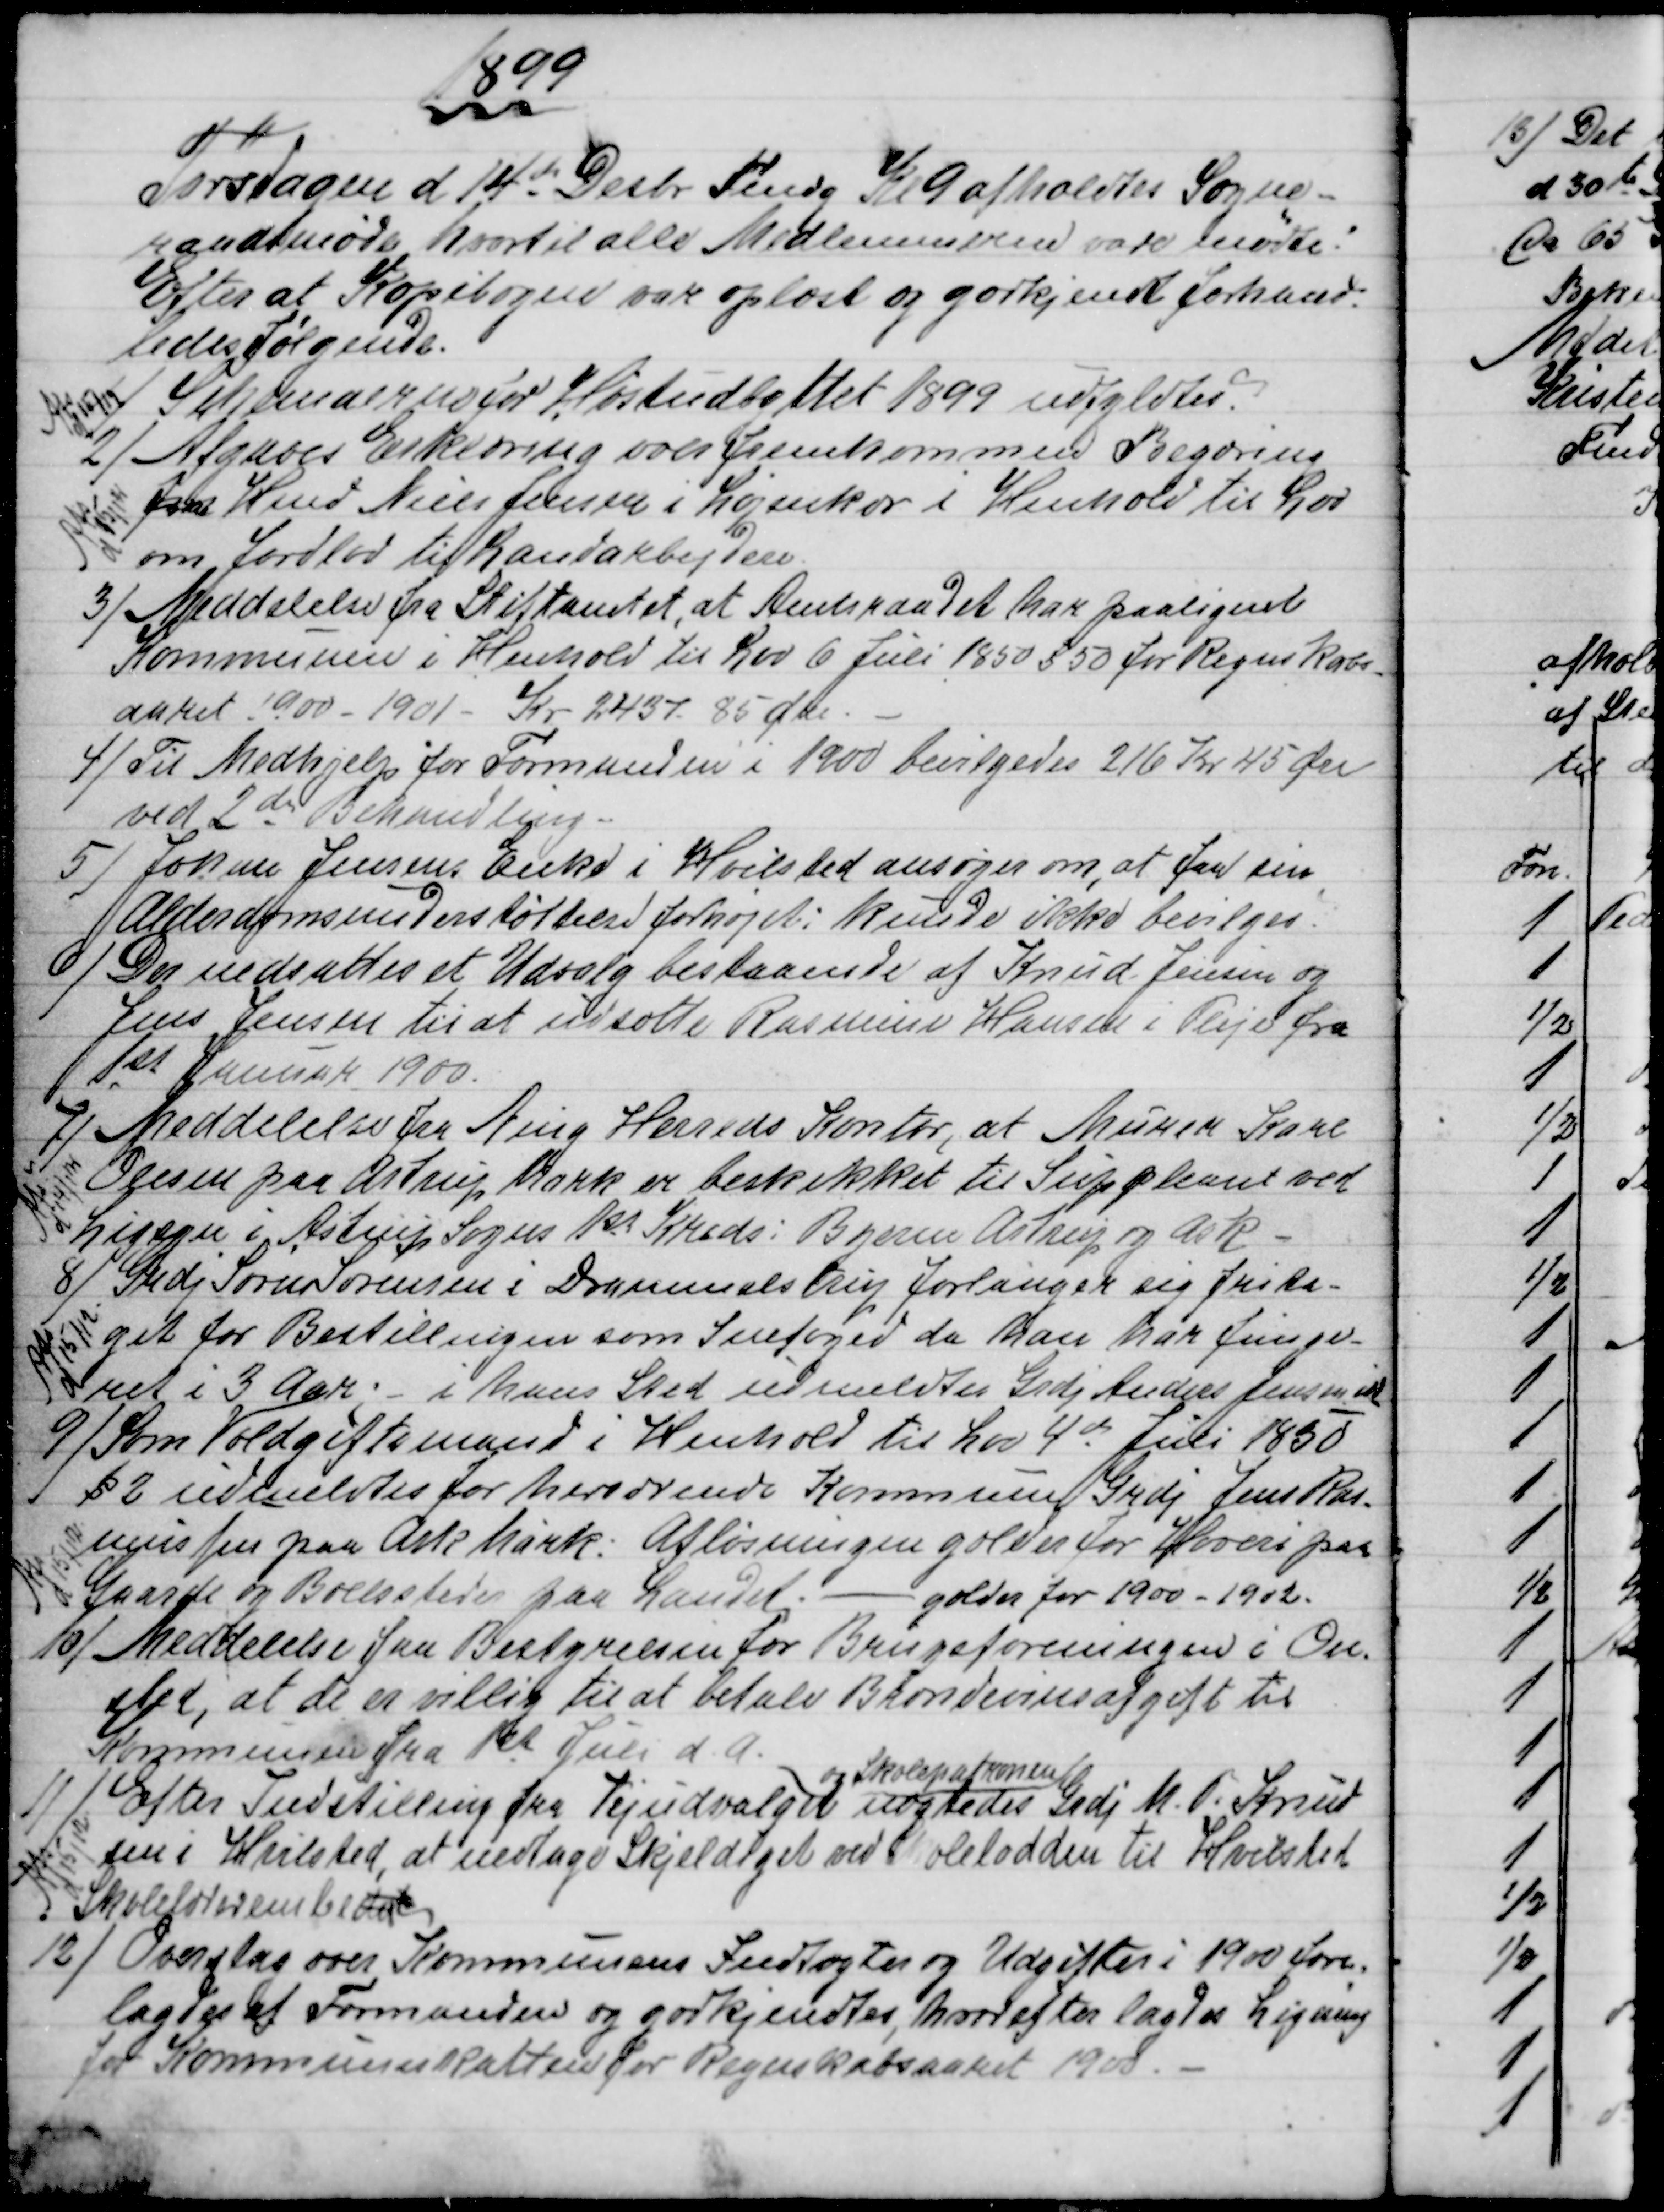
Transskription:
1899
Torsdagen d 14de Desbr Fmdg Kl 9 afholdtes Sogne-
raadsmøde hvortil alle Medlemmerne vare mødte!
Efter at Kopibogen var oplæst og godkjendt forhand-
ledes følgende.
1)
Schemaerne for Høstudbyttet 1899 udfyldtes.
Afs
d 15/12
2)
Afgaves Erklæring over fremkommen Begæring
fra Hmd Niels Jensen i Løjenkær i Henhold til Lov
om Jordlod til Landarbejdere.
Afs
d 15/12
3)
Meddelelse fra Stiftamtet, at Amtsraadet har paalignet
Kommunen i Henhold til Lov 6 Juli 1850 § 50 for Regnskabs-
aaret 1900 - 1901 - Kr. 2437. 85 Øre.
4)
Til Medhjelp for Formanden i 1900 bevilgedes 216 Kr 45 Øre
ved 2dn Behandling.
5)
Johan Jensens Enke i Hvilsted ansøger om, at faa sin
Alderdomsunderstøttelse forhøjet; kunde ikke bevilges.
6)
Der nedsattes et Udvalg bestaaende af Knud Jensen og
Jens Jensen til at udsætte Rasmine Hansen i Pleje fra
1st Januar 1900.
7)
Meddelelse fra Ning Herreds Kontor, at Murer Karl
Olesen paa Astrup Mark er beskikket til Suppleant ved
Ligsyn i Astrup Sogns 1st Kreds: Byerne Astrup og Ask.
Afs
d 14/12
8)
Grdj Søren Sørensen i Drammelstrup forlanger sig frita=
get for Bestillingen som Snefoged da han har funge-
ret i 3 Aar; i hans Sted udmeldtes Grdj Anders Jensen, ibd.
Afs
d 15/12
9) Som Voldgiftsmand i Henhold til Lov 4de Juli 1850
§ 2 udmeldtes for herværende Kommunen Grdj Jens Ras-
mussen paa Ask Mark: Afløsningen gælder for Hoveri paa
Gaarde og Boelssteder paa Landet. - gælder for 1900 - 1902.
Afs
d 15/12
10)
Meddelelse fra Bestyrelsen for Brugsforeningen i On-
sted, at de er villig til at betale Brændevinsafgift til
Kommunen fra 1st Juli d. A. 
11)
Efter Indstilling fra Vejudvalget 
og Skolepatronen
udstedes Grdj M. P. Knud
sen i Hvilsted, at nedtage Skjeldiget ved Skolelodden til Hvilsted
Skolelærerembededet
Afs
d 15/12
12)
Overslag over Kommunens Indtægter og Udgifter i 1900 fore-
lagdes af Formanden og godkjendtes, hvorefter lagdes Ligning
for Kommuneskatten for Regnskabsaaret 1900.